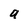
Character: 9